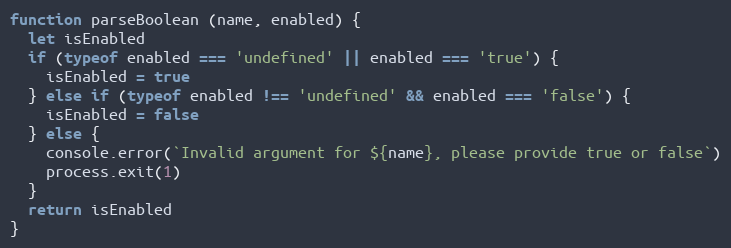
Language: JavaScript
function parseBoolean (name, enabled) {
  let isEnabled
  if (typeof enabled === 'undefined' || enabled === 'true') {
    isEnabled = true
  } else if (typeof enabled !== 'undefined' && enabled === 'false') {
    isEnabled = false
  } else {
    console.error(`Invalid argument for ${name}, please provide true or false`)
    process.exit(1)
  }
  return isEnabled
}